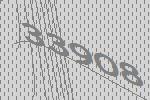
33908